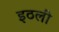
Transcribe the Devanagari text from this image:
इठली